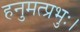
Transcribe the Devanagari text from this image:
हनुमत्प्रभुः।